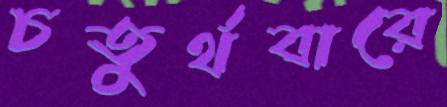
চতুর্থবারে